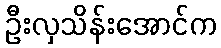
ဦးလှသိန်းအောင်က